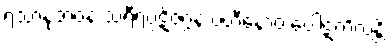
ရသာနုဘဝနံ သရီရပ္ပဋိဇဂ္ဂနံ ပဟီနောဝ ပေါဋကိလန္တိ